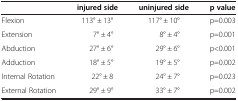
<table><thead><tr><td><b> </b></td><td><b>injured side</b></td><td><b>uninjured side</b></td><td><b>p value</b></td></tr></thead><tbody><tr><td>Flexion</td><td>113° ± 13°</td><td>117° ± 10°</td><td>p=0.003</td></tr><tr><td>Extension</td><td>7° ± 4°</td><td>8° ± 4°</td><td>p=0.001</td></tr><tr><td>Abduction</td><td>27° ± 6°</td><td>29° ± 6°</td><td>p&lt;0.001</td></tr><tr><td>Adduction</td><td>18° ± 5°</td><td>19° ± 5°</td><td>p=0.002</td></tr><tr><td>Internal Rotation</td><td>22° ± 8</td><td>24° ± 7°</td><td>p=0.023</td></tr><tr><td>External Rotation</td><td>29° ± 9°</td><td>33° ± 7°</td><td>p=0.002</td></tr></tbody></table>